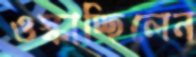
ওস্‌কাচ্ছিলেন